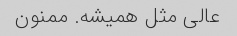
عالی مثل همیشه. ممنون